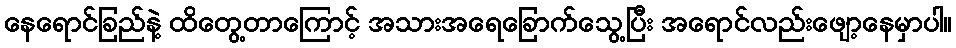
နေရောင်ခြည်နဲ့ ထိတွေ့တာကြောင့် အသားအရေခြောက်သွေ့ပြီး အရောင်လည်းဖျော့နေမှာပါ။